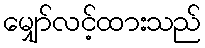
မျှော်လင့်ထားသည်